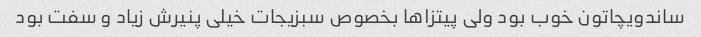
ساندویچاتون خوب بود ولی پیتزاها بخصوص سبزیجات خیلی پنیرش زیاد و سفت بود